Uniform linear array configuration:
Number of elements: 32
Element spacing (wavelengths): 1
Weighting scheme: kaiser
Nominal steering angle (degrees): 45
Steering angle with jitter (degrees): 44.193
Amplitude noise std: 0.05
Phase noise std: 0.05

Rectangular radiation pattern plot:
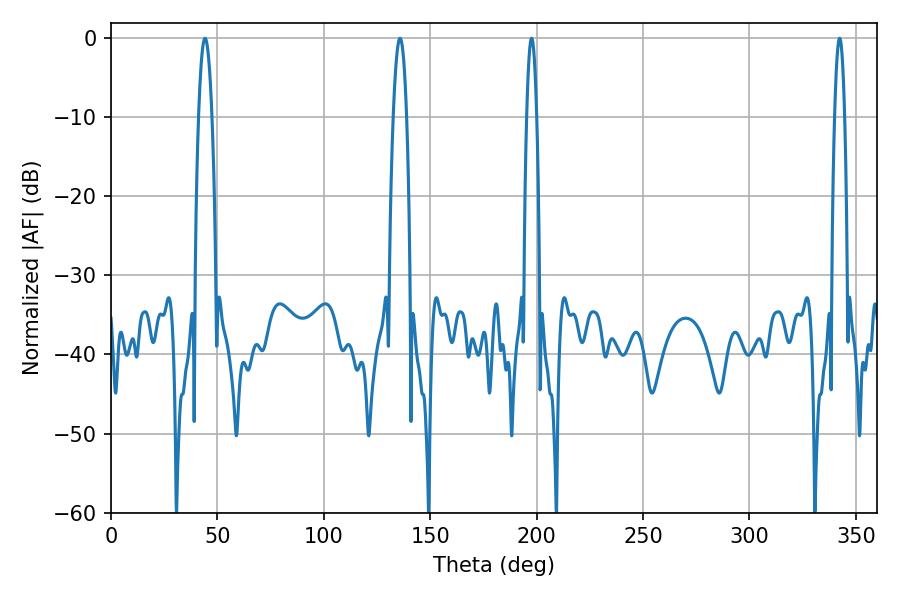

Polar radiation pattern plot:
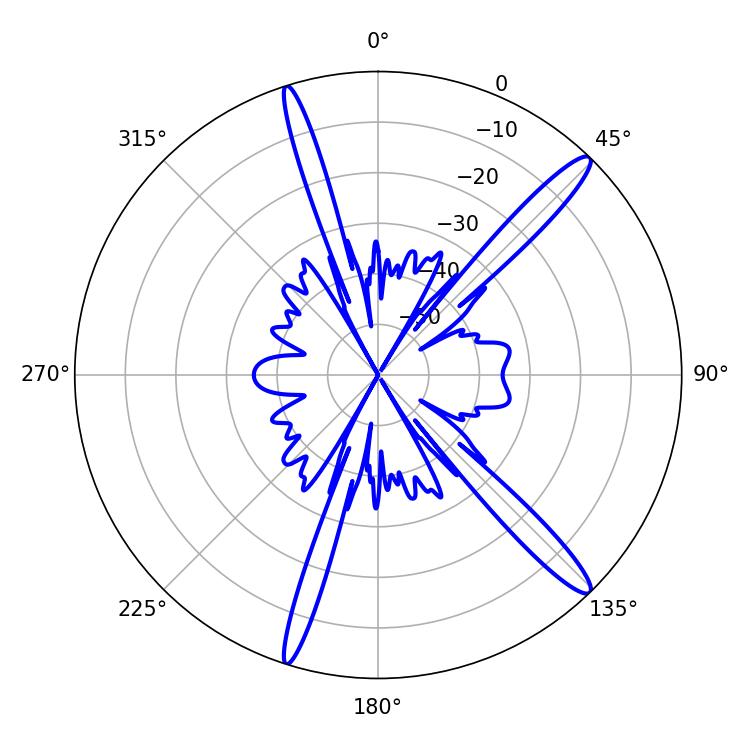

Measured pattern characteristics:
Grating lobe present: TRUE
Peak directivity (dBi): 15.11
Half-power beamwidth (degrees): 2.52
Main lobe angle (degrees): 197.64